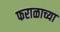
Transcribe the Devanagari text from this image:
फराळाच्या